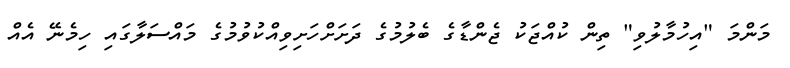
މަންމަ "އިހުމާލުވި" ތިން ކުއްޖަކު ޖެންޑާގެ ބެލުމުގެ ދަށަށްހަށިވިއްކުވުމުގެ މައްސަލާގައި ހިމެނޭ އެއް